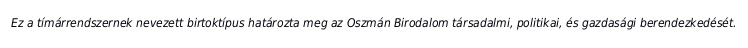
Ez a tímárrendszernek nevezett birtoktípus határozta meg az Oszmán Birodalom társadalmi, politikai, és gazdasági berendezkedését.